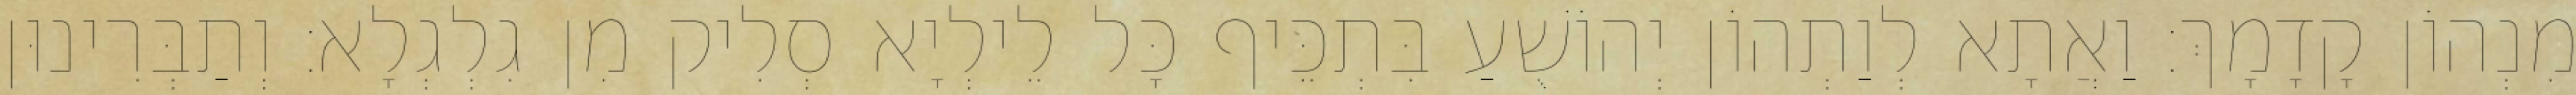
מִנְהוֹן קָדָמָךְ׃ וַאֲתָא לְוַתְהוֹן יְהוֹשֻׁעַ בִּתְכֵּיף כָּל לֵילְיָא סְלִיק מִן גִלְגְלָא׃ וְתַבְּרִינוּן